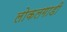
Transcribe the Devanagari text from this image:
लोकलगाडी